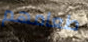
طعامهم